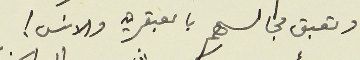
وتعبق مجالسهم بالعبقريه والانس !